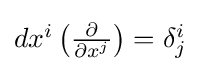
{\textstyle dx^{i}\left({\frac {\partial }{\partial x^{j}}}\right)=\delta _{j}^{i}}